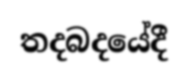
තදබදයේදී